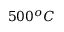
5 0 0 ^ { o } C